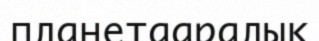
планетааралық